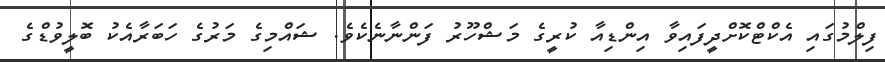
ފިލްމުގައި އެކްޓްކޮށްދީފައިވާ އިންޑިއާ ކުރީގެ މަޝްހޫރު ފަންނާނެކެވެ. ޝައްމިގެ މަރުގެ ހަބަރާއެކު ބޮލީވުޑްގެ